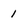
Character: 1